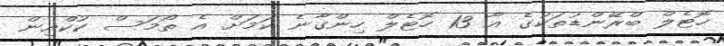
ހޮޓެލް ބްރޭންޑުތަކުގެ އާ 13 ހޮޓެލް ހިންގާނެ ކަމަށް އެ ތޯމަސް ކުކްއިން